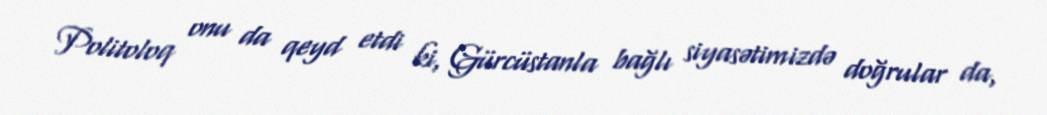
Politoloq onu da qeyd etdi ki, Gürcüstanla bağlı siyasətimizdə doğrular da,